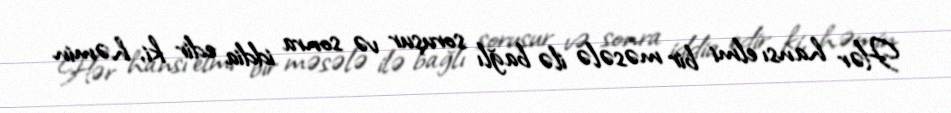
Hər hansı elmi bir məsələ ilə bağlı soruşur və sonra iddia edir ki, həmin